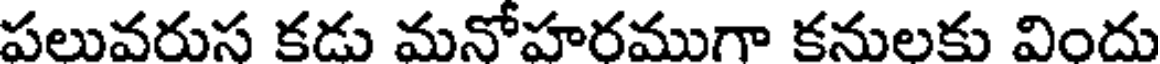
పలువరుస కడు మనోహరముగా కనులకు విందు